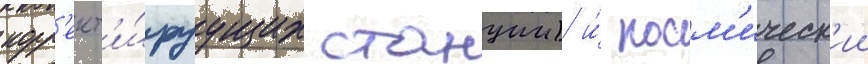
корр'ект'и́руущих станции) и́ косм'ическ'ии